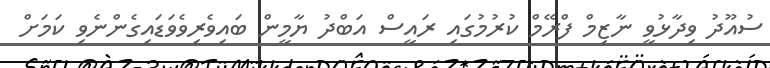
ސުއޫދު ވިދާޅުވީ ނާޒިމް ފްރޭމް ކުރުމުގައި ރައީސް އަބްދު ޔާމީން ބައިވެރިވެވަޑައިގެންނެވި ކަމަށް